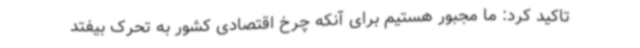
تاکید کرد: ما مجبور هستیم برای آنکه چرخ اقتصادی کشور به تحرک بیفتد